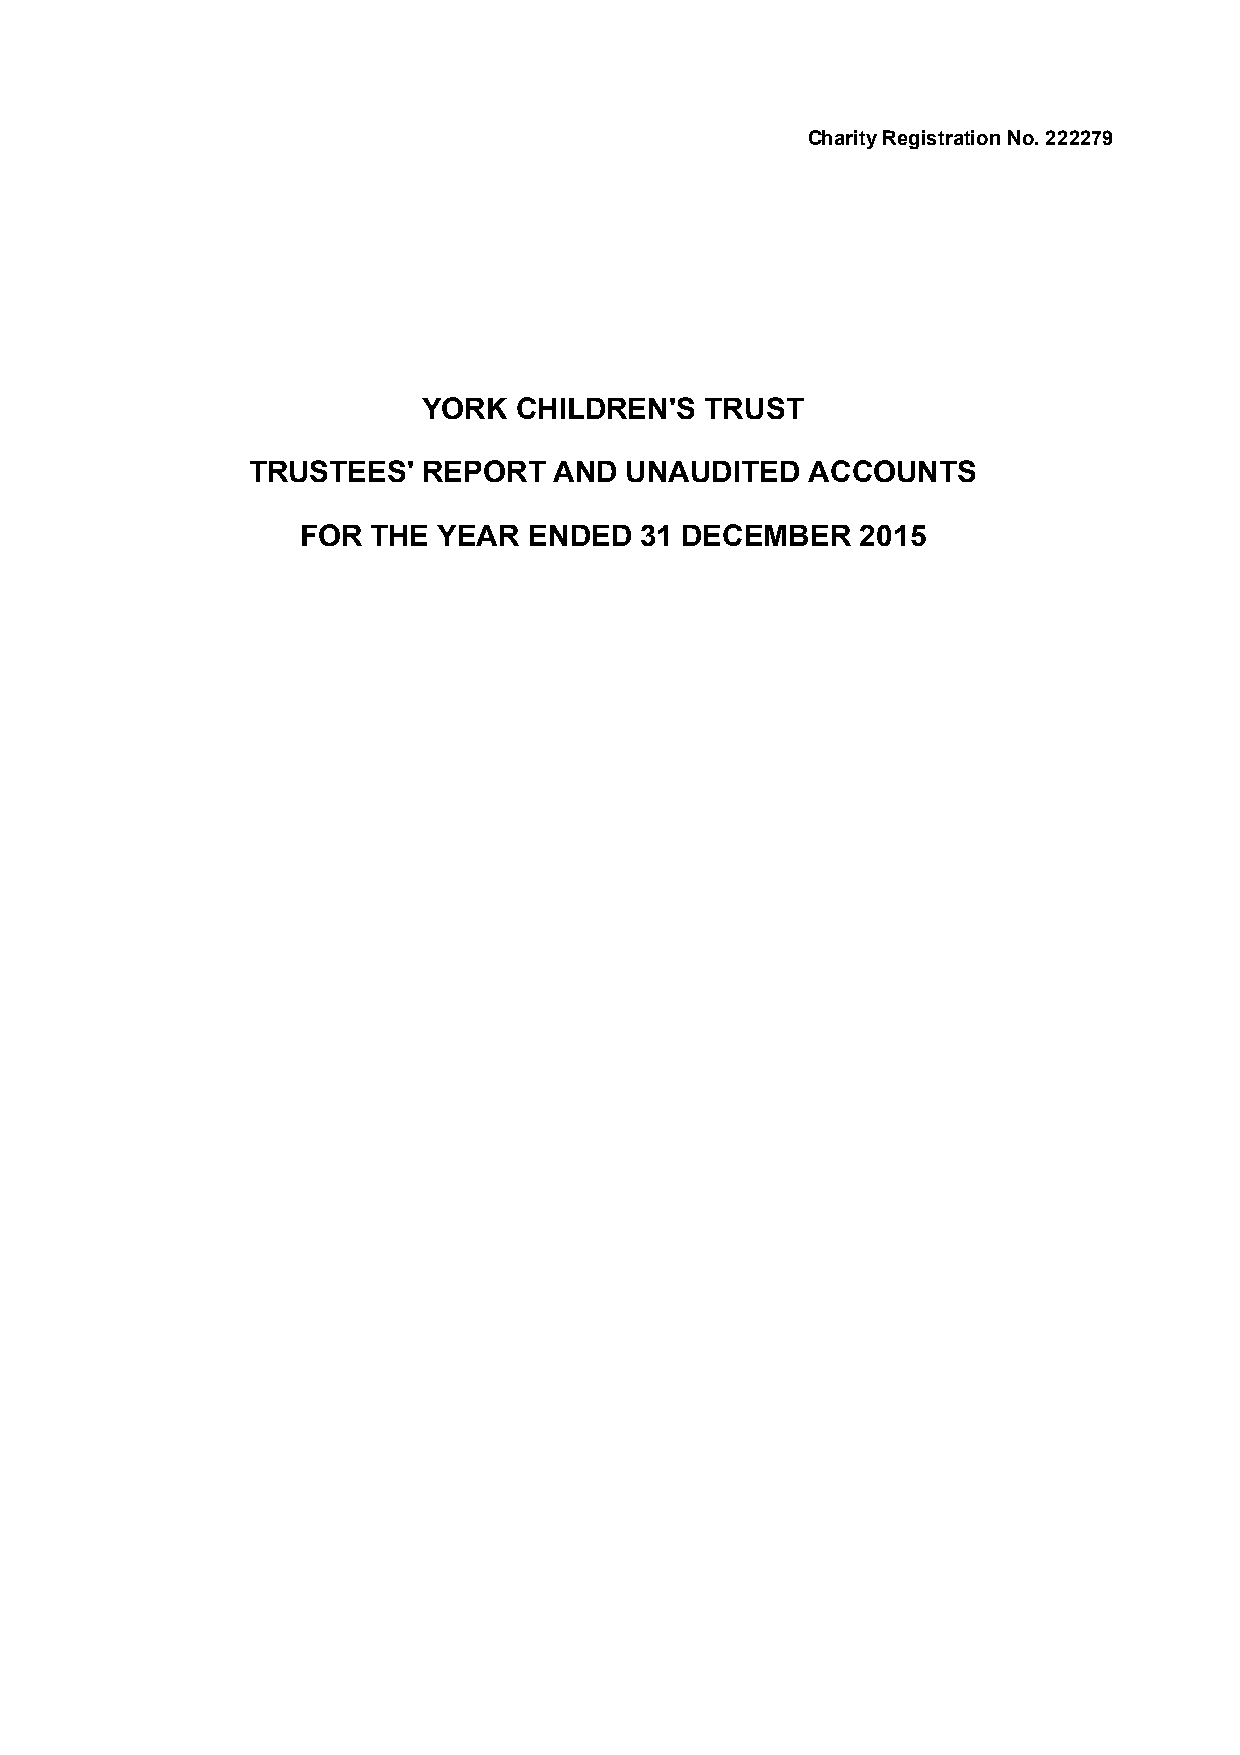
Charity Registration No. 222279
 YORK  CHILDREN'S   TRUST
 TRUSTEES'  REPORT   AND UNAUDITED    ACCOUNTS
 FOR  THE YEAR  ENDED  31 DECEMBER    2015